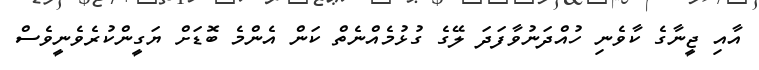
އާއި ޖީނާގެ ކާވެނި ހުއްދަނުވާފަދަ ލޭގެ ގުޅުމެއްނެތް ކަން އެންމެ ބޮޑަށް ޔަގީންކުރެވެނީވެސް